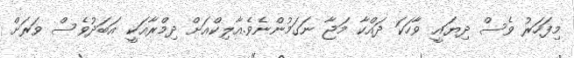
މިފަހަރު ވެސް ދިޔައީ ވާހަކަ ދައްކާ މަޖާ ނަގަމުންނެވެ.އާލިކްއަށް ދިމްރާއަކީ އަބަދުވެސް ވަރަށް